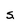
Character: s